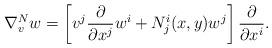
LaTeX: \begin{align*} \nabla _v^Nw=\left[v^j\frac{\partial }{\partial x^j}w^i+N^i_j(x,y)w^j\right]\frac{\partial }{\partial x^i}.\end{align*}